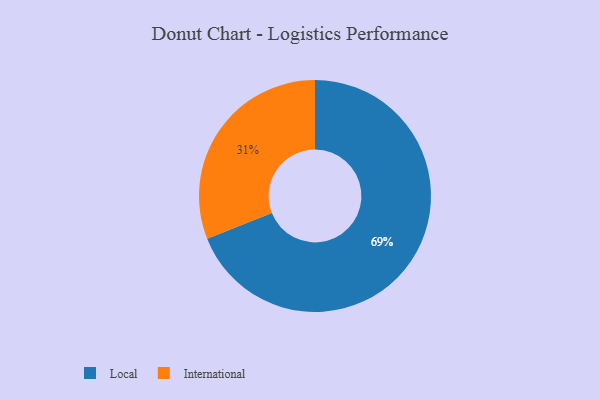
{"axis": {"x": "Category", "y": "Percentage"}, "legend": ["International", "Local"], "data": [{"x": "International", "y": 31, "type": "International"}, {"x": "Local", "y": 69, "type": "Local"}]}